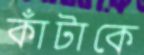
কাঁটাকে